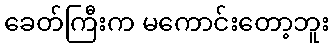
ခေတ်ကြီးက မကောင်းတော့ဘူး